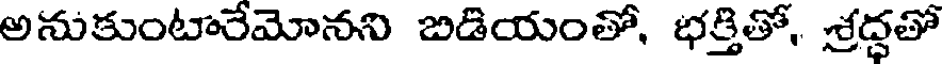
అనుకుంటారేమోనని బిడియంతో, భక్తితో, శ్రద్ధతో